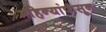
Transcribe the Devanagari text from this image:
महिन्यांपासून